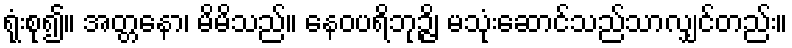
ရုံးစု၍။ အတ္တနော၊ မိမိသည်။ နေဝပရိဘုဉ္ဇိ၊ မသုံးဆောင်သည်သာလျှင်တည်း။